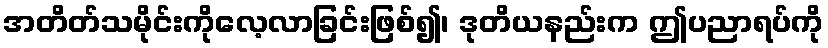
အတိတ်သမိုင်းကိုလေ့လာခြင်းဖြစ်၍၊ ဒုတိယနည်းက ဤပညာရပ်ကို